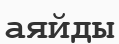
аяйды